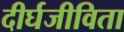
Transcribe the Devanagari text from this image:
दीर्घजीविता